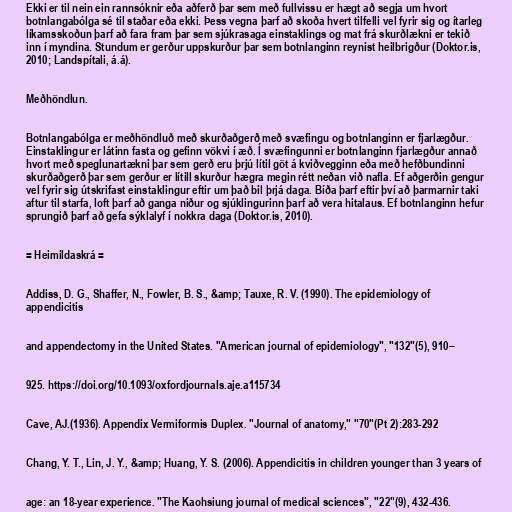
Ekki er til nein ein rannsóknir eða aðferð þar sem með fullvissu er hægt að segja um hvort
botnlangabólga sé til staðar eða ekki. Þess vegna þarf að skoða hvert tilfelli vel fyrir sig og ítarleg
líkamsskoðun þarf að fara fram þar sem sjúkrasaga einstaklings og mat frá skurðlækni er tekið
inn í myndina. Stundum er gerður uppskurður þar sem botnlanginn reynist heilbrigður (Doktor.is,
2010; Landspítali, á.á).

Meðhöndlun.

Botnlangabólga er meðhöndluð með skurðaðgerð með svæfingu og botnlanginn er fjarlægður.
Einstaklingur er látinn fasta og gefinn vökvi í æð. Í svæfingunni er botnlanginn fjarlægður annað
hvort með speglunartækni þar sem gerð eru þrjú lítil göt á kviðvegginn eða með hefðbundinni
skurðaðgerð þar sem gerður er lítill skurður hægra megin rétt neðan við nafla. Ef aðgerðin gengur
vel fyrir sig útskrifast einstaklingur eftir um það bil þrjá daga. Bíða þarf eftir því að þarmarnir taki
aftur til starfa, loft þarf að ganga niður og sjúklingurinn þarf að vera hitalaus. Ef botnlanginn hefur
sprungið þarf að gefa sýklalyf í nokkra daga (Doktor.is, 2010).

= Heimildaskrá =

Addiss, D. G., Shaffer, N., Fowler, B. S., &amp; Tauxe, R. V. (1990). The epidemiology of
appendicitis

and appendectomy in the United States. "American journal of epidemiology", "132"(5), 910–

925. https://doi.org/10.1093/oxfordjournals.aje.a115734

Cave, AJ.(1936). Appendix Vermiformis Duplex. "Journal of anatomy," "70"(Pt 2):283-292

Chang, Y. T., Lin, J. Y., &amp; Huang, Y. S. (2006). Appendicitis in children younger than 3 years of

age: an 18-year experience. "The Kaohsiung journal of medical sciences", "22"(9), 432-436.